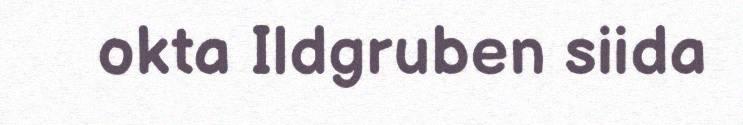
okta Ildgruben siida